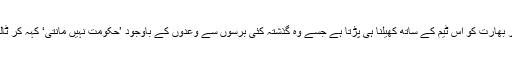
یوں چارو ناچار بھارت کو اس ٹیم کے ساتھ کھیلنا ہی پڑتا ہے جسے وہ گذشتہ کئی برسوں سے وعدوں کے باوجود ’حکومت نہیں مانتی‘ کہہ کر ٹالتا چلا آرہا ہے۔